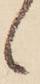
候